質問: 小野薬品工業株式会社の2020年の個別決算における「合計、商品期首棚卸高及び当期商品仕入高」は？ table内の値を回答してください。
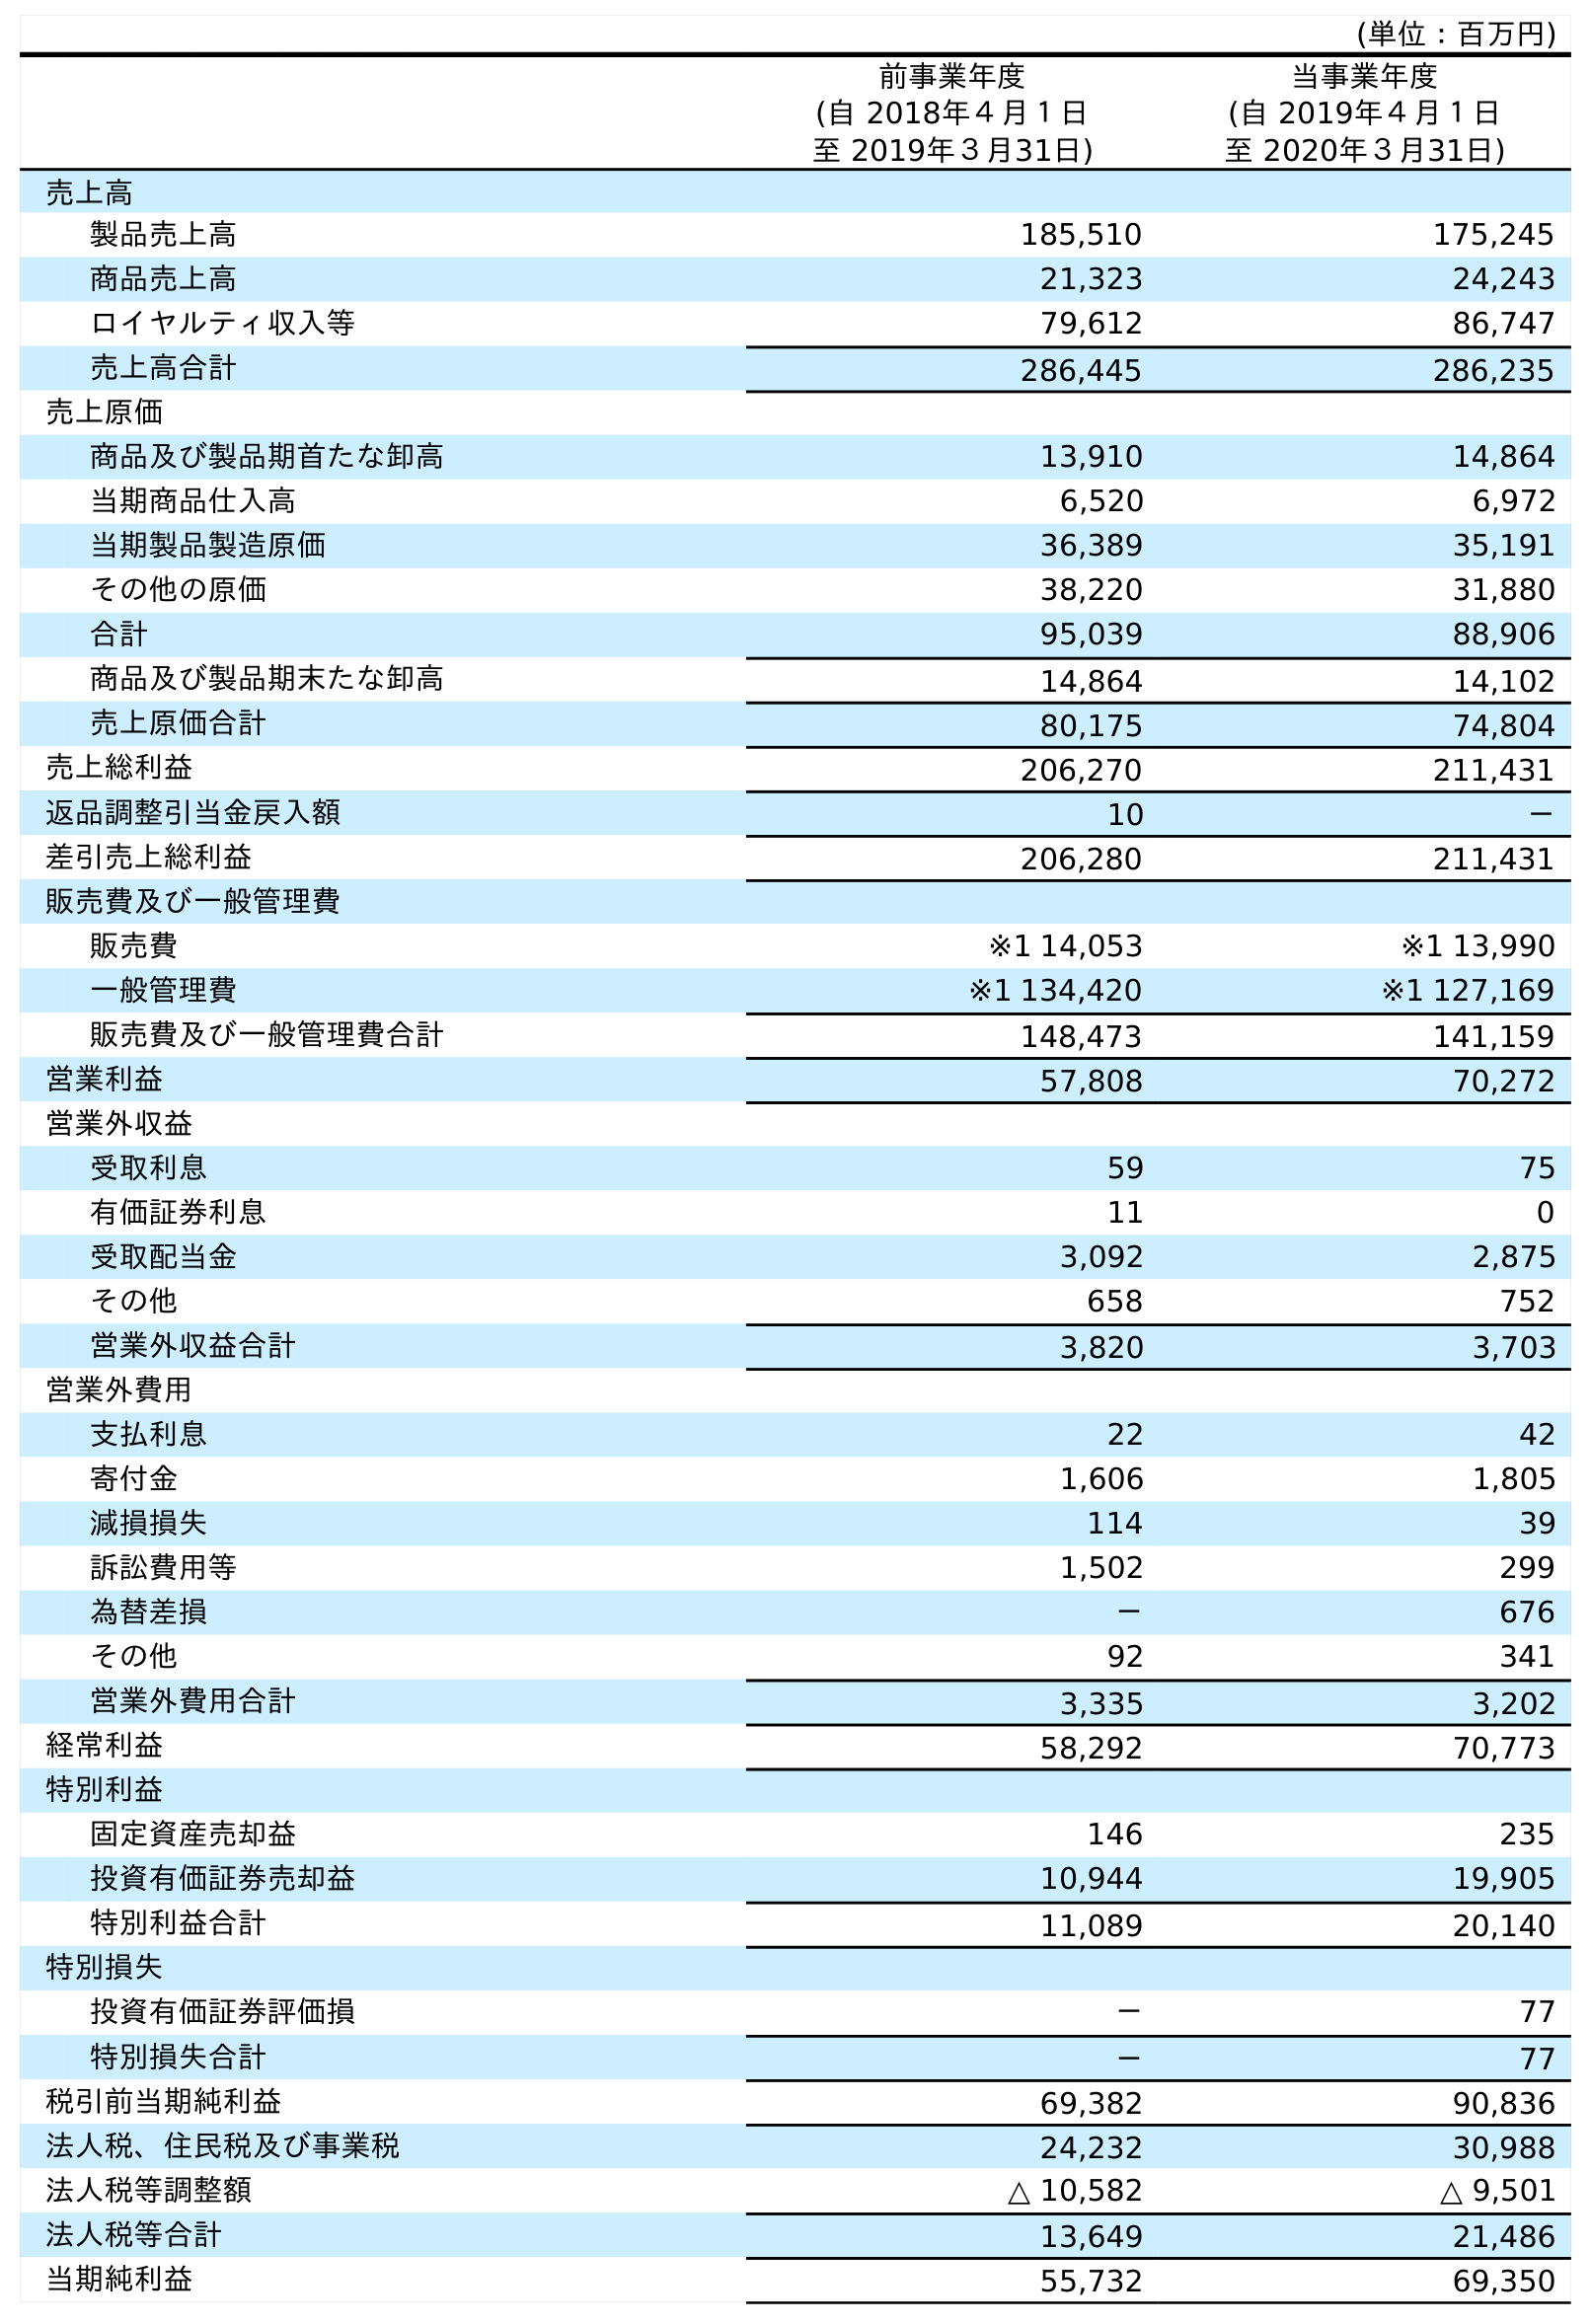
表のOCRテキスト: (単位：百万円) 前事業年度 (自 2018年４月１日 至 2019年３月31日) 当事業年度 (自 2019年４月１日 至 2020年３月31日) 売上高 製品売上高 185,510 175,245 商品売上高 21,323 24,243 ロイヤルティ収入等 79,612 86,747 売上高合計 286,445 286,235 売上原価 商品及び製品期首たな卸高 13,910 14,864 当期商品仕入高 6,520 6,972 当期製品製造原価 36,389 35,191 その他の原価 38,220 31,880 合計 95,039 88,906 商品及び製品期末たな卸高 14,864 14,102 売上原価合計 80,175 74,804 売上総利益 206,270 211,431 返品調整引当金戻入額 10 － 差引売上総利益 206,280 211,431 販売費及び一般管理費 販売費 ※1 14,053 ※1 13,990 一般管理費 ※1 134,420 ※1 127,169 販売費及び一般管理費合計 148,473 141,159 営業利益 57,808 70,272 営業外収益 受取利息 59 75 有価証券利息 11 0 受取配当金 3,092 2,875 その他 658 752 営業外収益合計 3,820 3,703 営業外費用 支払利息 22 42 寄付金 1,606 1,805 減損損失 114 39 訴訟費用等 1,502 299 為替差損 － 676 その他 92 341 営業外費用合計 3,335 3,202 経常利益 58,292 70,773 特別利益 固定資産売却益 146 235 投資有価証券売却益 10,944 19,905 特別利益合計 11,089 20,140 特別損失 投資有価証券評価損 － 77 特別損失合計 － 77 税引前当期純利益 69,382 90,836 法人税、住民税及び事業税 24,232 30,988 法人税等調整額 △ 10,582 △ 9,501 法人税等合計 13,649 21,486 当期純利益 55,732 69,350
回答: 88,906